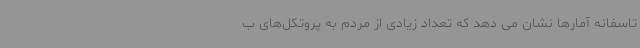
تاسفانه آمارها نشان می دهد که تعداد زیادی از مردم به پروتکل‌های ب